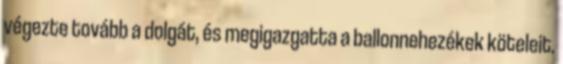
végezte tovább a dolgát, és megigazgatta a ballonnehezékek köteleit.